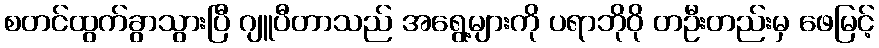
စတင်ထွက်ခွာသွားပြီ ဂျူပီတာသည် အရွေ့များကို ပရာဘိုဝို တဦးတည်းမှ ဖေမြင့်